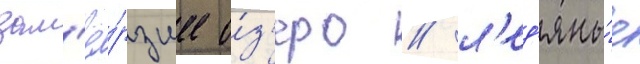
зам'ё́рзшее о́з'еро / л'ед'яны́е